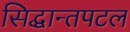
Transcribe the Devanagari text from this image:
सिद्धान्तपटल